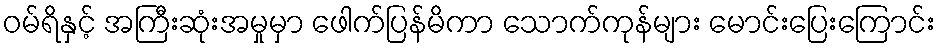
ဝမ်ရိနှင့် အကြီးဆုံးအမှုမှာ ဖေါက်ပြန်မိကာ သောက်ကုန်များ မောင်းပြေးကြောင်း